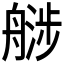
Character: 𬜚